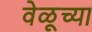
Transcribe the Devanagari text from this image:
वेळूच्या